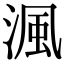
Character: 渢